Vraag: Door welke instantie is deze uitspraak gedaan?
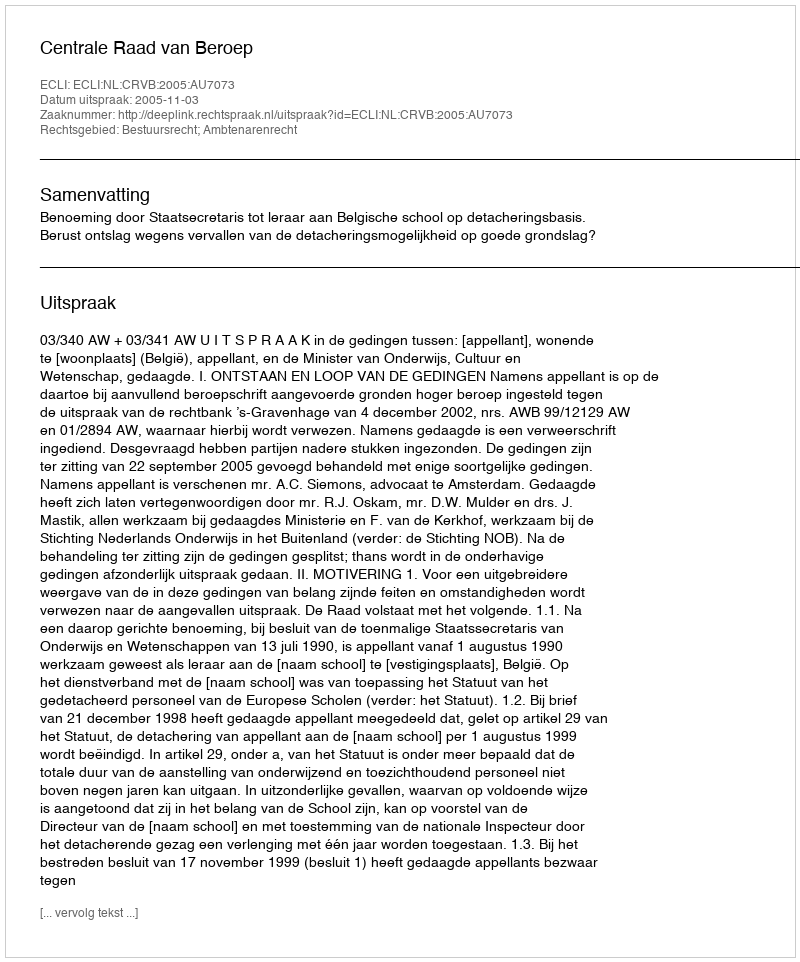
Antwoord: Centrale Raad van Beroep